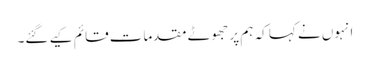
انہوں نے کہا کہ ہم پر جھوٹے مقدمات قائم کیے گئے۔